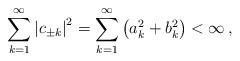
LaTeX: \begin{align*}\overset{\infty}{\underset{\mathop{k=1}}{\mathop{\sum}}}\left|c_{\pm k}\right|^{2}=\overset{\infty}{\underset{\mathop{k=1}}{\mathop{\sum}}}\left(a_{k}^{2}+b_{k}^{2}\right)<\infty\,,\end{align*}